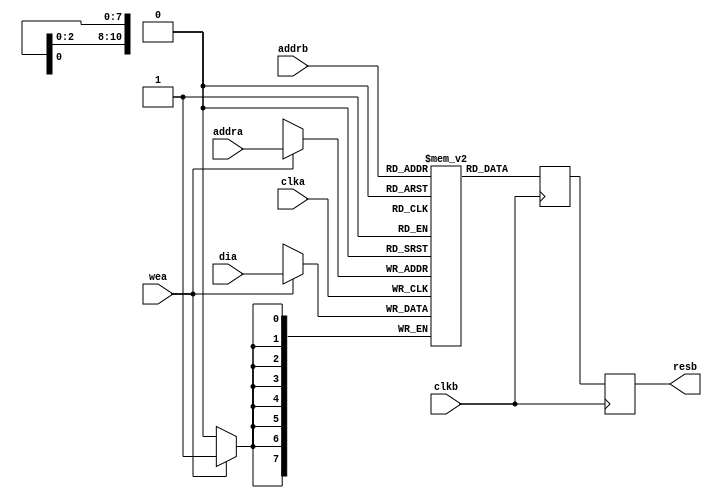
/*******************************************************************************
*                                                                              *
* System      : None                                                           *
* Block       : None                                                           *
* Module      : BMEM_DP_OR                                                     *
* Version     : v 0.0.0 2006/07/06 22:25                                       *
*                                                                              *
* Description : Dual port memory                                               *
*               with optional output registers                                 *
* Designer    : Tomohisa Uchida                                                *
*                                                                              *
*                Copyright (c) 2006 Tomohisa Uchida                            *
*                All rights reserved                                           *
*                                                                              *
*******************************************************************************/
module BMEM_DP_OR(
// Parameters
// depth       = 2048;
// address_width  = 11;
// data_width     = 8;
   clka           ,  // in : Clock
   addra          ,  // in : address
   wea               ,  // in : Write enable
   dia               ,  // in : Write data
   clkb           ,  // in : Clock
   addrb          ,  // in : address
   resb              // out   : read data
);

   parameter   depth       = 2048;
   parameter   address_width  = 11;
   parameter   data_width     = 8;

   input                clka  ;
   input [address_width-1:0]  addra ;
   input                wea      ;
   input [data_width-1:0]  dia      ;
   input                clkb  ;
   input [address_width-1:0]  addrb ;
   output   [data_width-1:0]  resb  ;

   reg      [data_width-1:0]  resb        ;
   reg      [data_width-1:0]  RAM   [depth-1:0] ;
   reg      [data_width-1:0]  dob            ;

   always@ (posedge clka) begin
      if(wea == 1'b1)begin
         RAM[addra]  <= dia;
      end
   end

   always@ (posedge clkb) begin
      dob   <= RAM[addrb];
   end

   always@ (posedge clkb) begin
      resb  <= dob;
   end

//------------------------------------------------------------------------------
endmodule